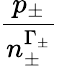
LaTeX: \displaystyle\frac{p_{\pm}}{n_{\pm}^{\Gamma_{\pm}}}